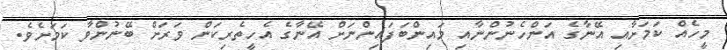
މީހެއް ކަމަށާއި އޭނާގެ އަންހެނުންނާއި މައިންބަފައިންނަށް އޭނާގެ އެހީތެރިކަން ވަރަށް ބޭނުންވާ ކަމަށެވެ.